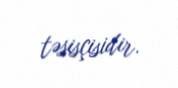
təsisçisidir.